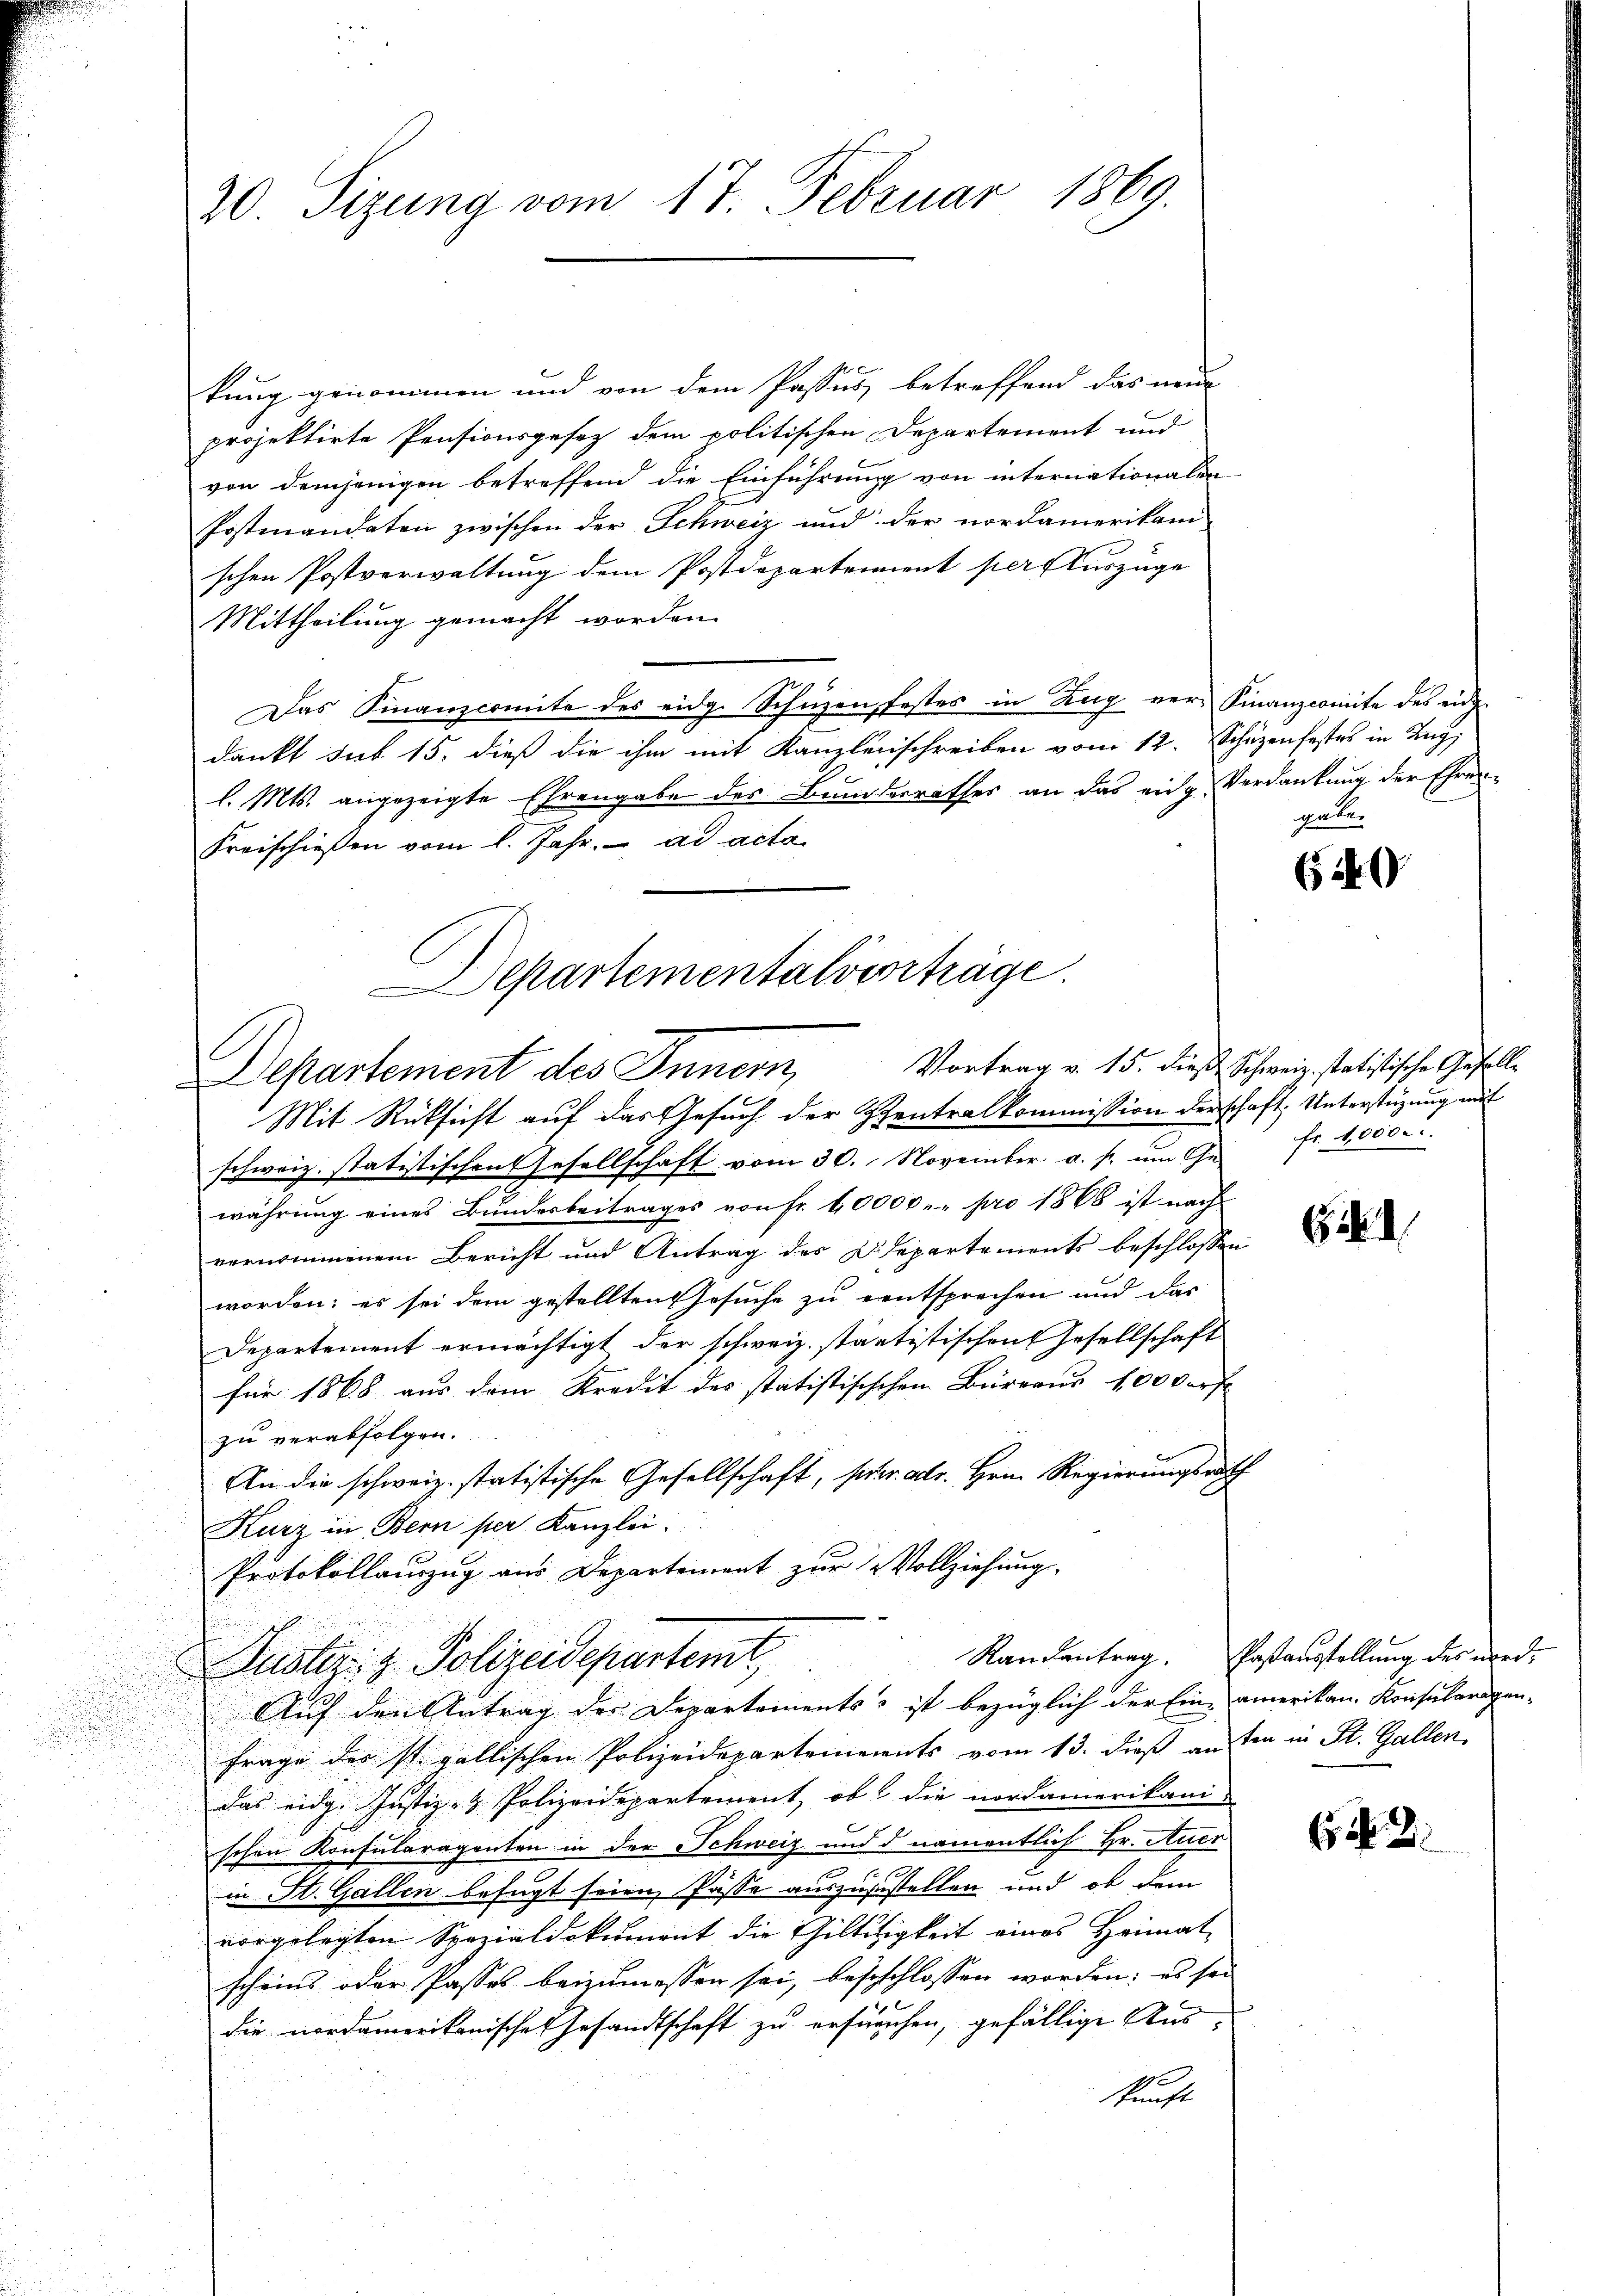
20. Sizung vom 17. Februar 1869.

kung genommen und von dem Passus betreffend das neue
projektirte Pensionsgesez dem politischen Departement und
von demjenigen betreffend die Einführung von internationalen
Postmandaten zwischen der Schweiz und der nordamerikam
schen Postverwaltung dem Postdepartement per Auszüge
Mittheilung gemacht worden.
Das Finanzcomite des eidg. Schuzen festes in Zug ver-Finanzcomite des enddankt sub 15. dieß die ihm mit Kanzleischreiben vom 12. Schüzenfestes in Tag,
l. Mts. angezeigte Ehrengabe des Bundesrathes an das eidg Verdankung der Ehren¬
Freischießen vom l. Jahr. ad acta
Departementalverträge.

Departement des Innern,

Mit Rücksicht auf das Gesuch der Zentralkommission derschaft, Unterstüzung auf
schweiz. statistischen Gesellschaft vom 30. November a. s. ŭm Ge- fr. 4,000.
währung eines Bundesbeitrages von fr. 10000.- pro 1868 ist nach
vernommenem Bericht und Antrag des Departements beschlossen
worden; es sei dem gestellten Gesuche zu entsprechen und das
Departement ermächtigt der schweiz. stantistischen Gesellschaft
für 1868 aus dem Kredit des statistisischen Büreaus 100 Dorf
zu verabfolgen.
An die schweiz. statistische Gesellschaft, sehr als. Hrn. Regierungsrath
Kurz in Bern per Kanzlei.
Protokollauszug aus Departement zŭr Vollziehung,
Justiz- & Polizeidepartemt,
Auf den Antrag der Departements, ist bezüglich der Eine amerikan. Konsularigen-
Frage der st. gallischen Polizeidepartements vom 13. dieß anten in St. Gallen.
das eidg. Justiz- & Polizeidepartement, ob die nordamerikani-
schen Konsularagenten in der Schweiz und d namentlich Hr. Auer
in St. Gallen befugt seien, Pässe auszuzustellen und ob dem
vorgelegten Spezialdokument die Giltigkeit eines Heimat-
scheins oder Passes beizumessen sei, besschlossen worden; es sei
die nordamerikanische Gesandtschaft zu erfürchen, gefällige Auskunft

gäbe.

Vortrag v. 15. dieß Schweiz. statistische Gefall¬

i

Randantrag. Posausstellung des wird,

N. 2